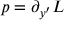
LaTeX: p = \partial _ { y ^ { \prime } } { \cal { L } }